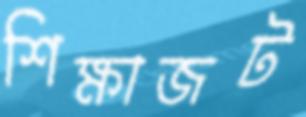
শিক্ষাজট